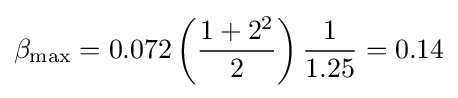
\beta _{\text{max}}=0.072\left({\frac {1+2^{2}}{2}}\right){\frac {1}{1.25}}=0.14